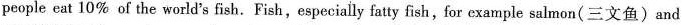
people eat 10% of the world's fish. Fish,especially fatty fish, for example salmon(三文鱼)and